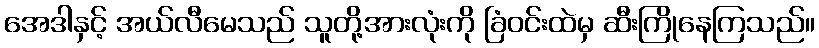
အေဒါနှင့် အယ်လီမေသည် သူတို့အားလုံးကို ခြံဝင်းထဲမှ ဆီးကြိုနေကြသည်။